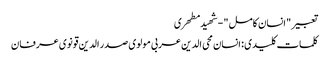
تعبیر " انسان کامل " - شهید مطهری
کلمات کلیدی : انسان محی الدین عربی مولوی صدر الدین قونوی عرفان